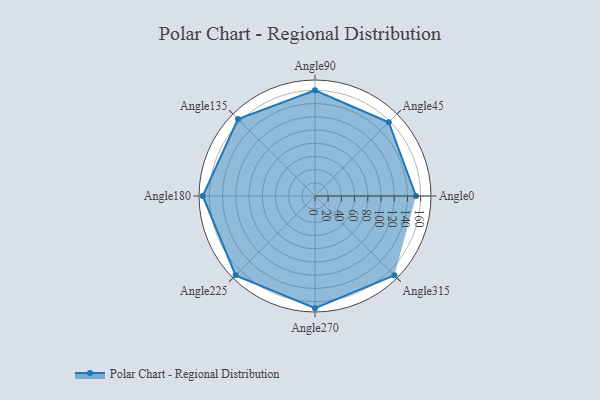
{"axis": {"x": "Angle", "y": "Radius"}, "legend": [""], "data": [{"x": "Angle0", "y": 153.0, "type": ""}, {"x": "Angle45", "y": 158.0, "type": ""}, {"x": "Angle90", "y": 160.0, "type": ""}, {"x": "Angle135", "y": 165.0, "type": ""}, {"x": "Angle180", "y": 170, "type": ""}, {"x": "Angle225", "y": 170, "type": ""}, {"x": "Angle270", "y": 170, "type": ""}, {"x": "Angle315", "y": 170, "type": ""}]}